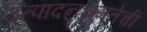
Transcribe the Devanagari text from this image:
उत्पादनक्षमतेची